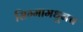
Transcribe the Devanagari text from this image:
सिग्मामधूनच